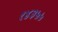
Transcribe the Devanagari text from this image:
१४३५५